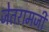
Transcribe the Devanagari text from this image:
जेतरामजी